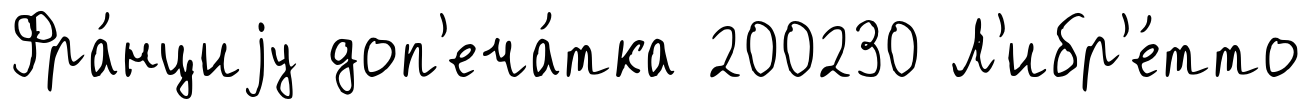
Фра́нциjу доп'еча́тка 200230 Л'ибр'е́тто